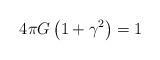
LaTeX: \begin{align*}4\pi G\left(1+\gamma^2\right)=1\end{align*}